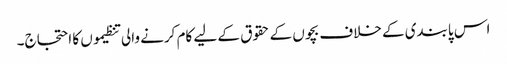
اس پابندی کے خلاف بچوں کے حقوق کے لیے کام کرنے والی تنظیموں کا احتجاج۔